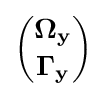
{\binom {\mathbf {\Omega _{y}} }{\mathbf {\Gamma _{y}} }}